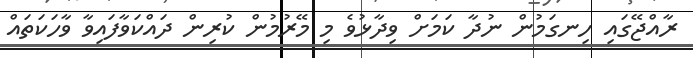
ރާއްޖޭގައި ހިނގަމުން ނުދާ ކަމަށް ވިދާޅުވެ މި މޭރުމުން ކުރިން ދައްކަވާފައިވާ ވާހަކަތައް